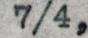
7/4,